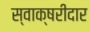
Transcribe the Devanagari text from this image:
स्वाक्षरीदार